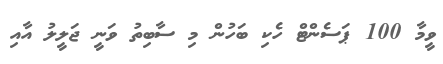
ވީމާ 100 ޕަސެންޓް ހެކި ބަހުން މި ސާބިތު ވަނީ ޖަލީލު އާއި